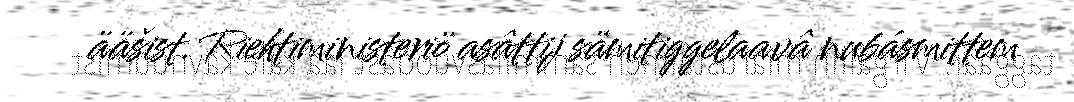
ääšist. Riehtiministeriö asâttij sämitiggelaavâ nubásmittem